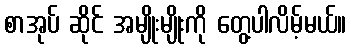
စာအုပ် ဆိုင် အမျိုးမျိုးကို တွေ့ပါလိမ့်မယ်။